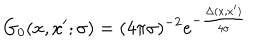
LaTeX: G _ { 0 } ( x , x ^ { \prime } ; \sigma ) = ( 4 \pi \sigma ) ^ { - 2 } e ^ { - \frac { \Delta ( x , x ^ { \prime } ) } { 4 \sigma } }